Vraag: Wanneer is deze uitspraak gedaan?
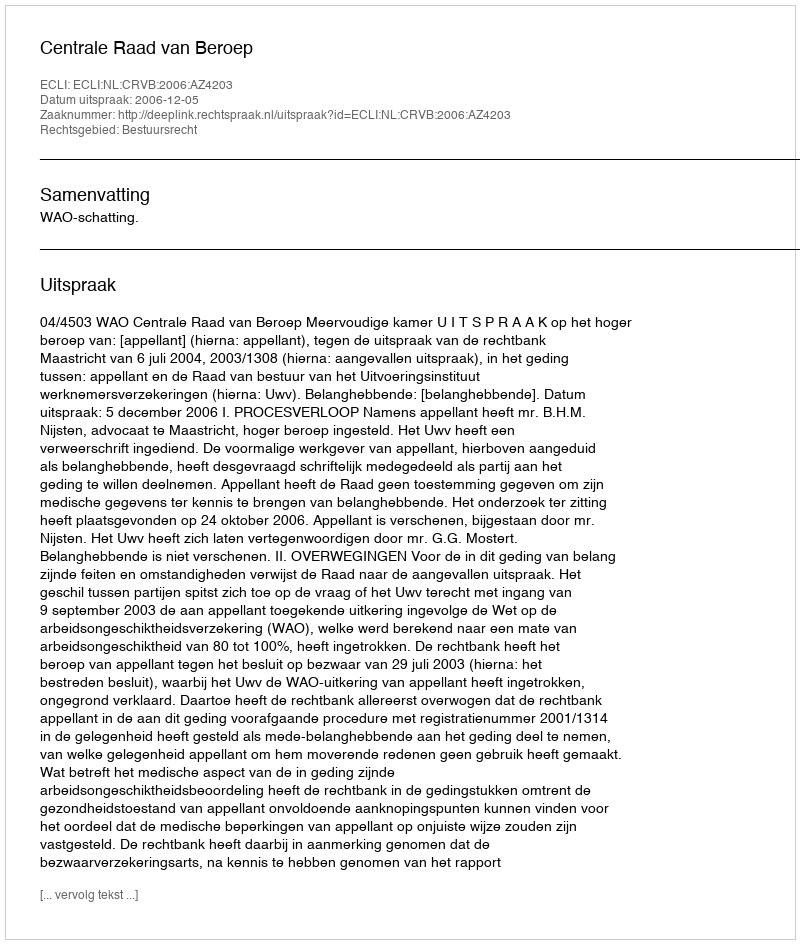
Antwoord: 2006-12-05